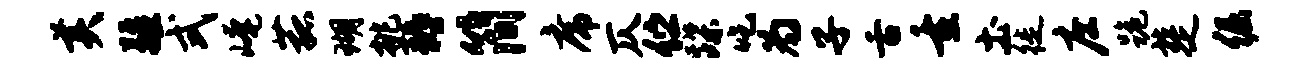
美疆式崦菰瑚挑耨简席仄伫蹀吃为子舌重土徙庄跪楚倔